Annual administration report of the Civil Veterinary Department of India - 1895-1896
Year: 1895
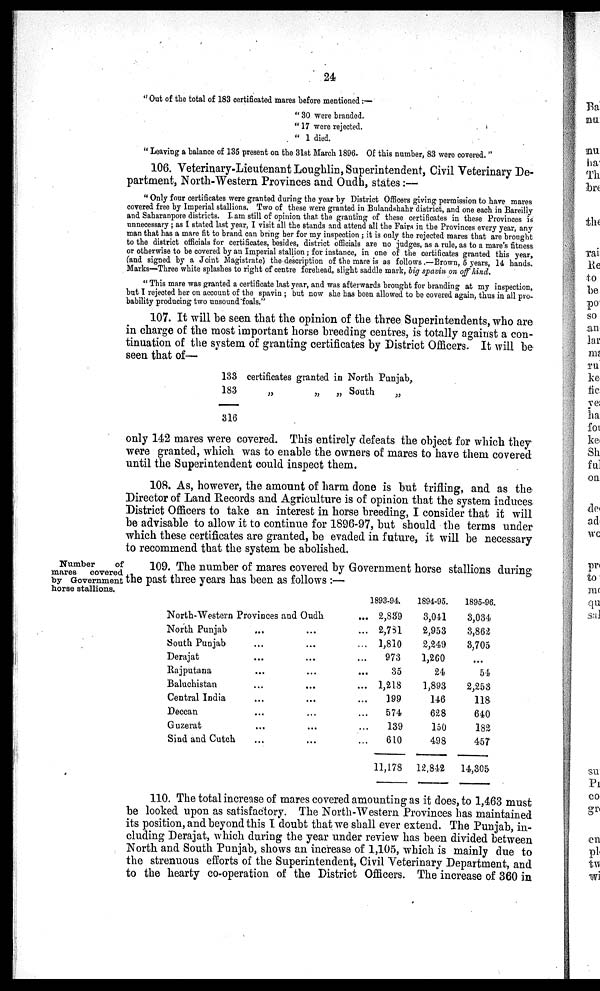
24
"Out of the total of 183 certificated mares before mentioned:—
"30 were branded.
"17 were rejected.
" 1 died.
"Leaving a balance of 135 present on the 31st March 1896. Of this number, 83 were covered."
106. Veterinary-Lieutenant Loughlin, Superintendent, Civil Veterinary De-
partment, North-Western Provinces and Oudh, states:—
"Only four certificates were granted during the year by District Officers giving permission to have mares
covered free by Imperial stallions. Two of these were granted in Bulandshahr district, and one each in Bareilly
and Saharanpore districts. I am still of opinion that the granting of these certificates in these Provinces is
unnecessary; as I stated last year, I visit all the stands and attend all the Fairs in the Provinces every year, any
man that has a mare fit to brand can bring her for my inspection; it is only the rejected mares that are brought
to the district officials for certificates, besides, district officials are no judges, as a rule, as to a mare's fitness
or otherwise to be covered by an Imperial stallion; for instance, in one of the certificates granted this year,
(and signed by a Joint Magistrate) the description of the mare is as follows.—Brown, 5 years, 14 hands.
Marks—Three white splashes to right of centre forehead, slight saddle mark, big spavin on off hind.
"This mare was granted a certificate last year, and was afterwards brought for branding at my inspection,
but I rejected her on account of the spavin; but now she has been allowed to be covered again, thus in all pro-
bability producing two unsound foals."
107. It will be seen that the opinion of the three Superintendents, who are
in charge of the most important horse breeding centres, is totally against a con-
tinuation of the system of granting certificates by District Officers. It will be
seen that of—
133
183
316
certificates granted in North Punjab,
„
„
„
South
„
only 142 mares were covered. This entirely defeats the object for which they
were granted, which was to enable the owners of mares to have them covered
until the Superintendent could inspect them.
108. As, however, the amount of harm done is but trifling, and as the
Director of Land Records and Agriculture is of opinion that the system induces
District Officers to take an interest in horse breeding, I consider that it will
be advisable to allow it to continue for 1896-97, but should the terms under
which these certificates are granted, be evaded in future, it will be necessary
to recommend that the system be abolished.
Number
of
mares
covered
by Government
horse stallions.
109. The number of mares covered by Government horse stallions during
the past three years has been as follows:—
North-Western Provinces and Oudh ...
North Punjab ... ... ...
South Punjab ... ... ...
Derajat ... ... ...
Rajputana ... ... ...
Baluchistan ... ... ...
Central India ... ... ...
Deccan ... ... ...
Guzerat ... ... ...
Sind and Cutch ... ... ...
1893-94.
2,839
2,781
1,810
973
35
1,218
199
574
139
610
11,178
1894-95.
3,041
2,953
2,249
1,260
24
1,893
146
628
150
498
12,842
1895-96.
3,034
3,862
3,705
...
54
2,253
118
640
182
457
14,305
110. The total increase of mares covered amounting as it does, to 1,463 must
be looked upon as satisfactory. The North-Western Provinces has maintained
its position, and beyond this I doubt that we shall ever extend. The Punjab, in-
cluding Derajat, which during the year under review has been divided between
North and South Punjab, shows an increase of 1,105, which is mainly due to
the strenuous efforts of the Superintendent, Civil Veterinary Department, and
to the hearty co-operation of the District Officers. The increase of 360 in